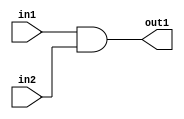
module temaAND(input in1, input in2, output out1);
	assign out1 = in1 && in2;
endmodule